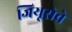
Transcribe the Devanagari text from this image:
जियूसेवे